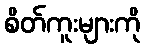
စိတ်ကူးများကို